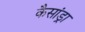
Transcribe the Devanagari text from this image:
कैसांड्रा